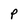
Character: P